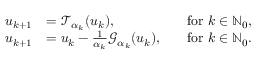
\begin{array} { r l r l } { u _ { k + 1 } } & { = { \mathcal { T } } _ { \alpha _ { k } } ( u _ { k } ) , } & & { \mathrm { f o r ~ } k \in { \mathbb { N } } _ { 0 } , } \\ { u _ { k + 1 } } & { = u _ { k } - \frac { 1 } { \alpha _ { k } } { \mathcal { G } } _ { \alpha _ { k } } ( u _ { k } ) , } & & { \mathrm { f o r ~ } k \in { \mathbb { N } } _ { 0 } . } \end{array}